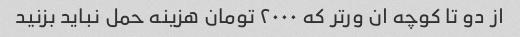
از دو تا کوچه ان ور‌تر که ۲۰۰۰ تومان هزینه حمل نباید بزنید